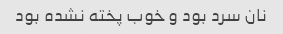
نان سرد بود و خوب پخته نشده بود